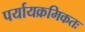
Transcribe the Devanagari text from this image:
पर्यायक्रमिकतः